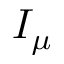
I _ { \mu }